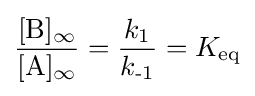
{\frac {[\mathrm {B} ]_{\infty }}{[\mathrm {A} ]_{\infty }}}={\frac {k_{\text{1}}}{k_{\text{-1}}}}=K_{\text{eq}}